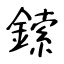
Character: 鎍